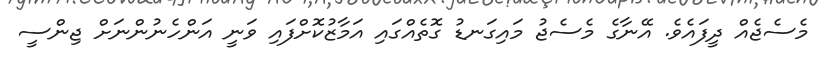
މެސެޖެއް ދީފައެވެ. އޭނާގެ މެސެޖު މައިގަނޑު ގޮތެއްގައި އަމާޒުކޮށްފައި ވަނީ އަންހެނުންނަށް ޖިންސީ